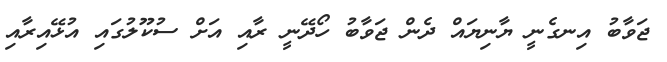
ޖަވާބު އިނގެނީ ޔާނިޔައް ދެން ޖަވާބު ހޯދޭނީ ރާއި އަށް ސުކޫލުގައި އުޅޭއިރާއި